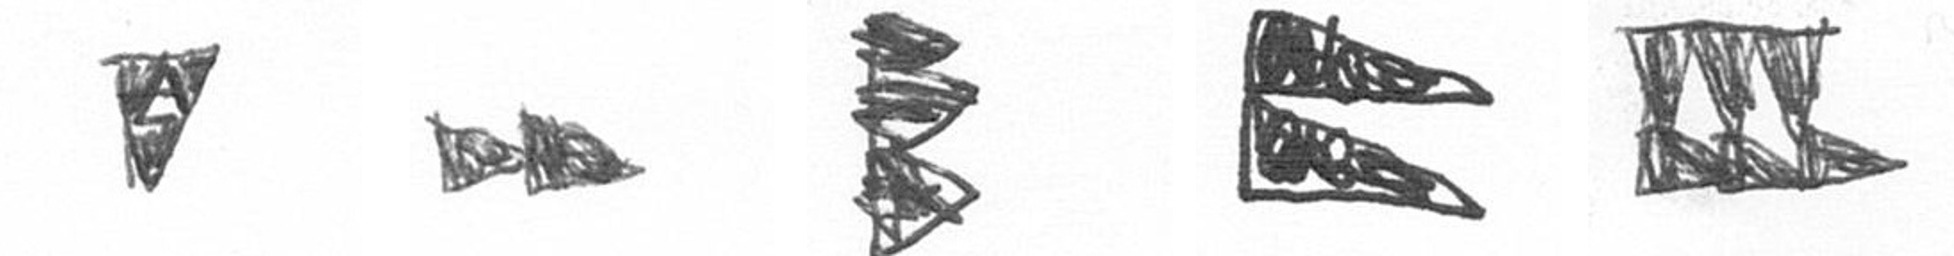
S A H P D